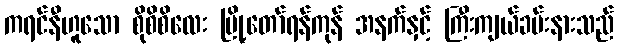
ကရင်နီဟူသော စိုစိစိလေး မြို့တော်ရန်ကုန် အနက်နှင့် ကြီးကျယ်ခမ်းနားသည်